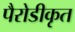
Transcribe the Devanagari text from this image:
पैरोडीकृत